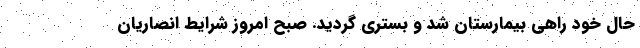
حال خود راهی بیمارستان شد و بستری گردید. صبح امروز شرایط انصاریان